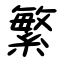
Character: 繁